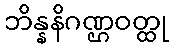
ဘိန္နနိဂဏ္ဌဝတ္ထု